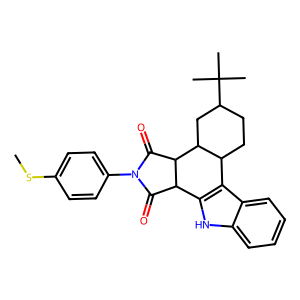
SMILES: CSc1ccc(N2C(=O)C3c4[nH]c5ccccc5c4C4CCC(C(C)(C)C)CC4C3C2=O)cc1
Inhibits HIV replication: No